Document type: Sale
Year: 1209
Scribe: Arnau de Torre
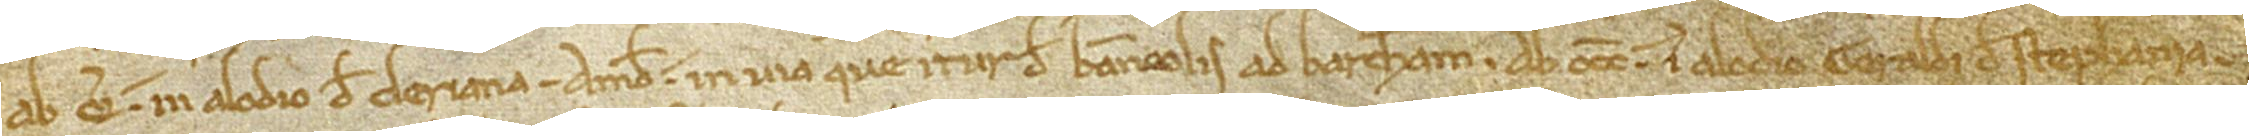
ab oriente in alodio de Cleriana; a meridie in via que itur de Banneolis ad Barchinonam; ab occidente in alodio Geraldi de Stephania;